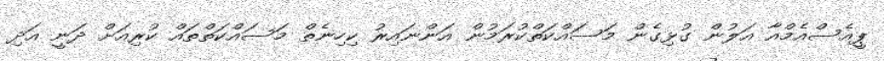
ޕީއެސްއެމްއާ އަލުން ގުޅިގެން މަސައްކަތްކުރަމުން އަންނައިރު ކިހިނެތް މަސައްކަތްތައް ކުރިއަށް ދަނީ އަދި